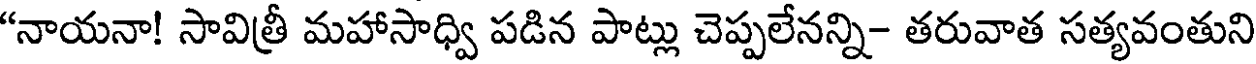
"నాయనా! సావిత్రీ మహాసాధ్వి పడిన పాట్లు చెప్పలేనన్ని- తరువాత సత్యవంతుని